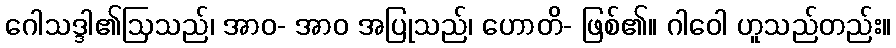
ဂေါသဒ္ဒါ၏ဩသည်၊ အာဝ- အာဝ အပြုသည်၊ ဟောတိ- ဖြစ်၏။ ဂါဝေါ ဟူသည်တည်း။